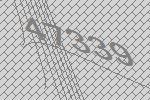
47339